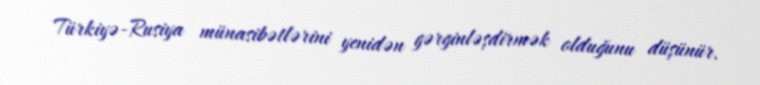
Türkiyə-Rusiya münasibətlərini yenidən gərginləşdirmək olduğunu düşünür.